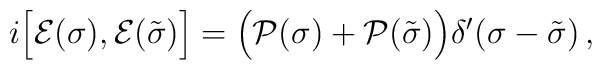
i \Bigl[ {\cal E} (\sigma), {\cal E} (\tilde{\sigma}) \Bigr]           = \Bigl( {\cal P} (\sigma) + {\cal P} (\tilde{\sigma}) \Bigr)           \delta' (\sigma - \tilde{\sigma})\,,